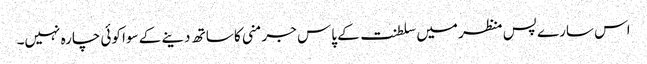
اس سارے پس منظر میں سلطنت کے پاس جرمنی کا ساتھ دینے کے سوا کوئی چارہ نہیں۔